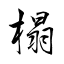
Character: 榻